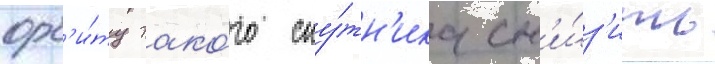
орб'и́ту тако́го спу́тн'ика сн'и́з'ить